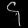
Digit: ၄